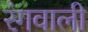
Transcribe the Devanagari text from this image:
रंगवाली